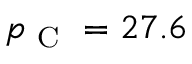
p _ { \mathrm { ~ C ~ } } = 2 7 . 6